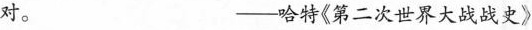
对。 ——哈特《第二次世界大战战史》